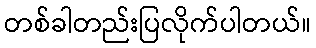
တစ်ခါတည်းပြလိုက်ပါတယ်။